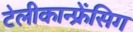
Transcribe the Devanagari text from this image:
टेलीकान्फ्रेंसिग